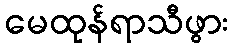
မေထုန်ရာသီဖွား